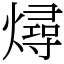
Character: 燖